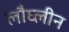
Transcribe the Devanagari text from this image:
लौघ्लीन